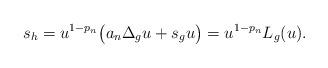
LaTeX: \begin{align*} s_h=u^{1-p_n}\big(a_n\Delta_gu+s_gu\big)=u^{1-p_n}L_g(u). \end{align*}